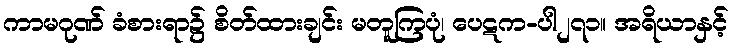
ကာမဂုဏ် ခံစားရာ၌ စိတ်ထားချင်း မတူကြပုံ၊ ပေဋက-ပါ၂၇၁။ အရိယာနှင့်